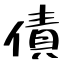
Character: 債